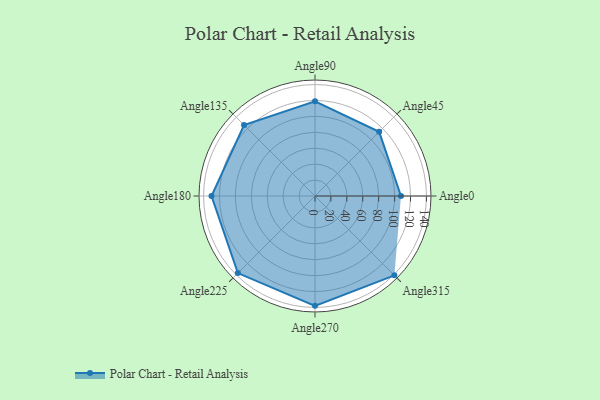
{"axis": {"x": "Angle", "y": "Radius"}, "legend": [""], "data": [{"x": "Angle0", "y": 108.0, "type": ""}, {"x": "Angle45", "y": 114.0, "type": ""}, {"x": "Angle90", "y": 119.0, "type": ""}, {"x": "Angle135", "y": 126.0, "type": ""}, {"x": "Angle180", "y": 130.0, "type": ""}, {"x": "Angle225", "y": 137.0, "type": ""}, {"x": "Angle270", "y": 138.0, "type": ""}, {"x": "Angle315", "y": 141.0, "type": ""}]}